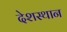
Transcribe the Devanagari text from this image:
देशस्थान